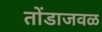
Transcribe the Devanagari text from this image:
तोंडाजवळ